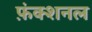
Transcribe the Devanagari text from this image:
फ़ंक्शनल